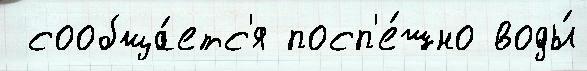
 сообща́етс'я посп'е́шно воды́